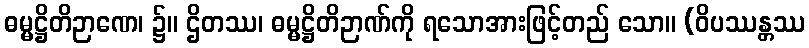
ဓမ္မဋ္ဌိတိဉာဏေ၊ ၌။ ဌိတဿ၊ ဓမ္မဋ္ဌိတိဉာဏ်ကို ရသောအားဖြင့်တည် သော။ (ဝိပဿန္တဿ